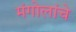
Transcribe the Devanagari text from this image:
मंगोलांचे